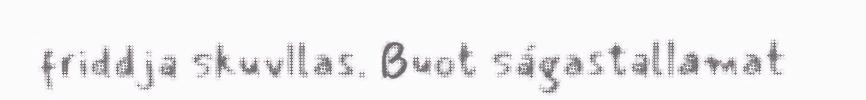
friddja skuvllas. Buot ságastallamat